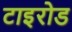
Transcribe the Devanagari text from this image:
टाइरोड